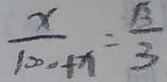
\frac { x } { 1 0 0 0 + x } = \frac { \sqrt { 3 } } { 3 }